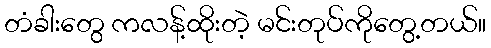
တံခါးတွေ ကလန့်ထိုးတဲ့ မင်းတုပ်ကိုတွေ့တယ်။